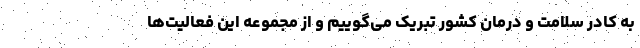
به کادر سلامت و درمان کشور تبریک می‌گوییم و از مجموعه این فعالیت‌ها